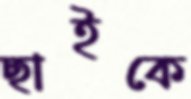
ছাইকে